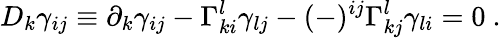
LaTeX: D_{k}\gamma_{ij}\equiv\partial_{k}\gamma_{ij}-\Gamma_{ki}^{l}\gamma_{lj}-(-)^{ij}\Gamma_{kj}^{l}\gamma_{li}=0\ .